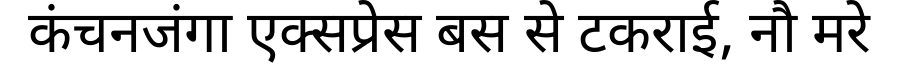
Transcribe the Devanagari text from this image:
कंचनजंगा एक्सप्रेस बस से टकराई, नौ मरे